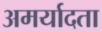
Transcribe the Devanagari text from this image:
अमर्यादता